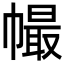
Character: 𢄸